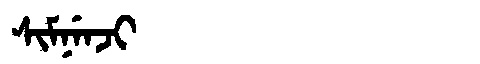
Manchu: ᠰᡳᠮᠨᡝᠨᠵᡳ
Romanization: SIMNENJI